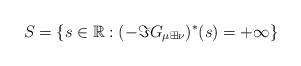
LaTeX: \begin{align*}S=\left\{ s\in\mathbb{R}:(-\Im G_{\mu\boxplus\nu})^{*}(s)=+\infty\right\}\end{align*}